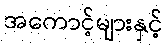
အကောင့်များနှင့်